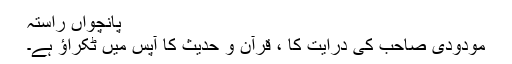
پانچواں راستہ
مودودی صاحب کی درایت کا ، قرآن و حدیث کا آپس میں ٹکراؤ ہے۔